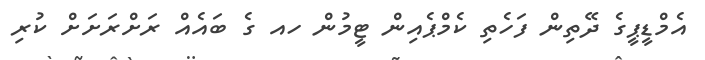
އެމްޑީޕީގެ ދޭތިން ފަހެތި ކެމްޕެއިން ޓީމުން ހއ ގެ ބައެއް ރަށްރަށަށް ކުރި